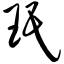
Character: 珉